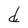
Character: d